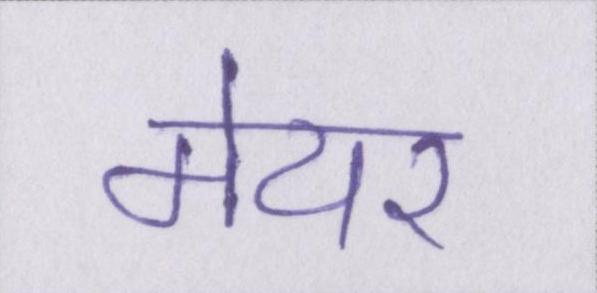
मेयर